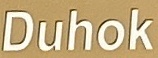
Duhok